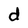
Character: d